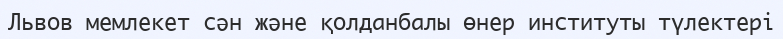
Львов мемлекет сән және қолданбалы өнер институты түлектері